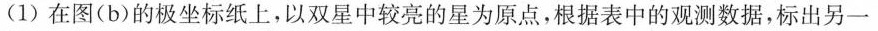
(1)在图(b)的极坐标纸上，以双星中较亮的星为原点，根据表中的观测数据，标出另一